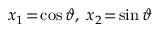
x _ { 1 } \! = \! \cos \vartheta , \; x _ { 2 } \! = \! \sin \vartheta